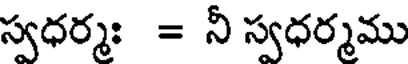
స్వధర్మః = నీ స్వధర్మము